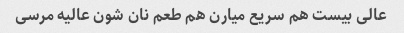
عالی بیست هم سریع میارن هم طعم نان شون عالیه مرسی